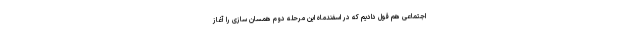
اجتماعی هم قول دادیم که در اسفندماه این مرحله دوم همسان سازی را آغاز